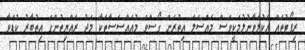
ރިޕޯޓުތައް އެކުލަވާނުލުމަކީވެސް މައްސަލަ އިތުރަށް ގޯސްވެ މުއައްސަސާތަކާ މެދު ރައްޔިތުންގެ އިތުބާރު ކުޑަވާ